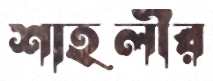
শাহলীর